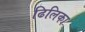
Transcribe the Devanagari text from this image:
ढिलिका